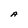
Character: A